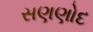
સણણોદ